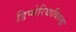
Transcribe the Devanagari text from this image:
डिप्थेरियाविरुद्ध